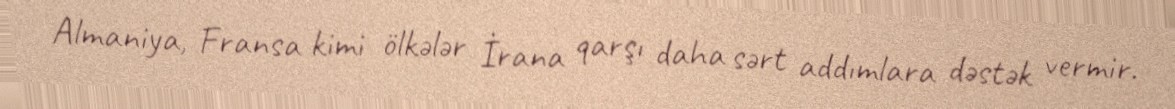
Almaniya, Fransa kimi ölkələr İrana qarşı daha sərt addımlara dəstək vermir.